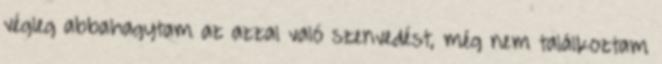
végleg abbahagytam az azzal való szenvedést, még nem találkoztam